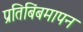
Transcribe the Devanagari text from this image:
प्रतिबिंबमापन